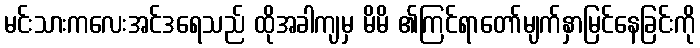
မင်းသားကလေးအင်ဒရေသည် ထိုအခါကျမှ မိမိ ၏ကြင်ရာတော်မျက်နှာမြင်နေခြင်းကို